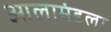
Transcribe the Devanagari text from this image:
आलामंडला